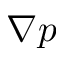
\nabla p